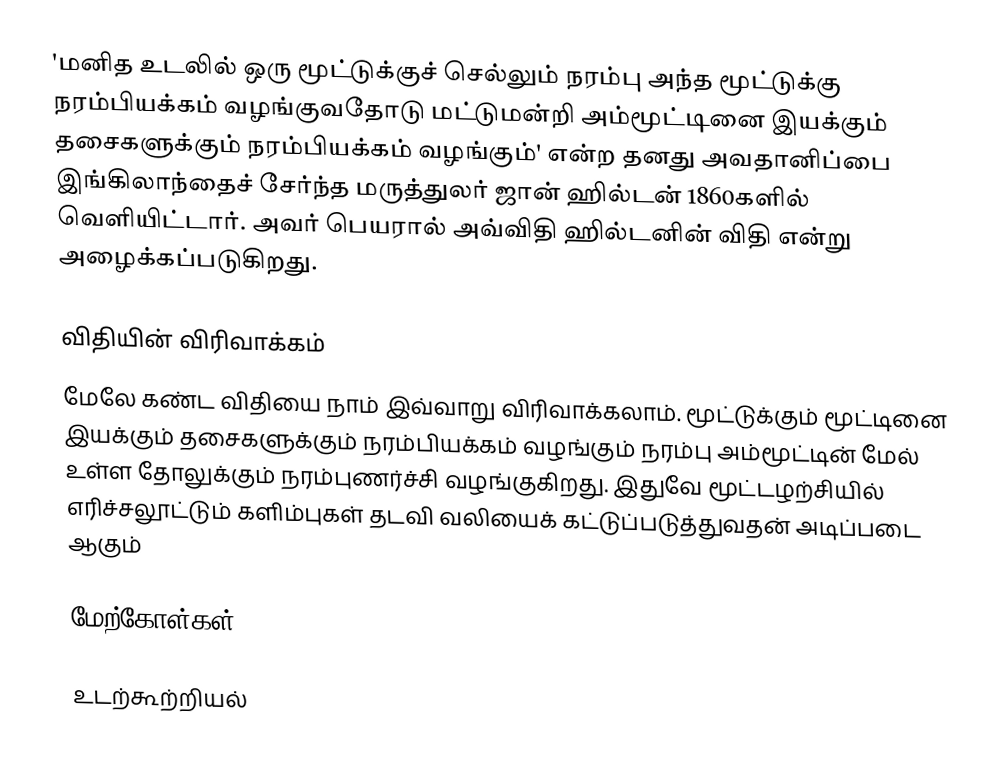
'மனித உடலில் ஒரு மூட்டுக்குச் செல்லும் நரம்பு அந்த மூட்டுக்கு நரம்பியக்கம் வழங்குவதோடு மட்டுமன்றி அம்மூட்டினை இயக்கும் தசைகளுக்கும் நரம்பியக்கம் வழங்கும்' என்ற தனது அவதானிப்பை இங்கிலாந்தைச் சேர்ந்த மருத்துலர் ஜான் ஹில்டன் 1860களில்  வெளியிட்டார். அவர் பெயரால் அவ்விதி ஹில்டனின் விதி என்று அழைக்கப்படுகிறது.

விதியின் விரிவாக்கம்
மேலே கண்ட விதியை நாம் இவ்வாறு விரிவாக்கலாம். மூட்டுக்கும் மூட்டினை இயக்கும் தசைகளுக்கும் நரம்பியக்கம் வழங்கும் நரம்பு அம்மூட்டின் மேல் உள்ள தோலுக்கும் நரம்புணர்ச்சி வழங்குகிறது. இதுவே மூட்டழற்சியில் எரிச்சலூட்டும் களிம்புகள் தடவி வலியைக் கட்டுப்படுத்துவதன் அடிப்படை ஆகும்

மேற்கோள்கள்

உடற்கூற்றியல்